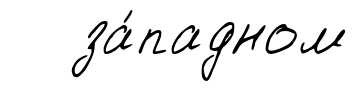
за́падном